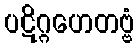
ပဋိဂ္ဂဟေတဗ္ဗံ